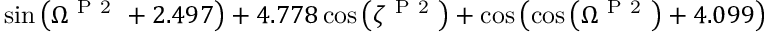
\sin { \left( \Omega ^ { \mathrm { ~ P ~ 2 ~ } } + 2 . 4 9 7 \right) } + 4 . 7 7 8 \cos { \left( \zeta ^ { \mathrm { ~ P ~ 2 ~ } } \right) } + \cos { \left( \cos { \left( \Omega ^ { \mathrm { ~ P ~ 2 ~ } } \right) } + 4 . 0 9 9 \right) }